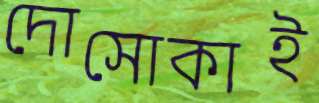
দোসোকাই